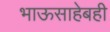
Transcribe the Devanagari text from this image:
भाऊसाहेबही